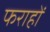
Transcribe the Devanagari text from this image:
फराहों